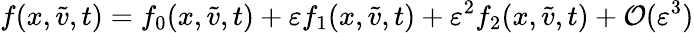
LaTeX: f(x,\tilde{v},t)=f_{0}(x,\tilde{v},t)+\varepsilon f_{1}(x,\tilde{v},t)+\varepsilon^{2}f_{2}(x,\tilde{v},t)+\mathcal{O}(\varepsilon^{3})